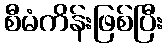
စီမံကိန်းဖြစ်ပြီး